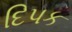
દિપક